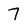
Character: 7